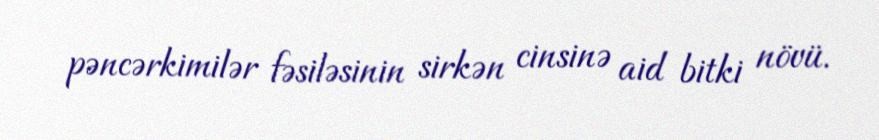
pəncərkimilər fəsiləsinin sirkən cinsinə aid bitki növü.